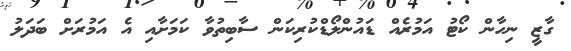
ގާޒީ ނިހާން ކޯޓު އަމުރެއް ޑައުންލޯޑްކުރިކަން ސާބިތުވާ ކަމަށާއި އެ އަމުރަށް ބަދަލު